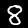
Digit: 8